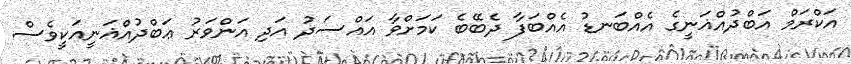
އަކްރަމް އަބްދުއްޣަނީގެ އެއްބަނޑު އެއްބަފާ ދެބޭބެ ކަމަށްވާ އައްސަދު އަދި އަންވަރު ޢަބްދުއްޣަނީއަކީވެސް